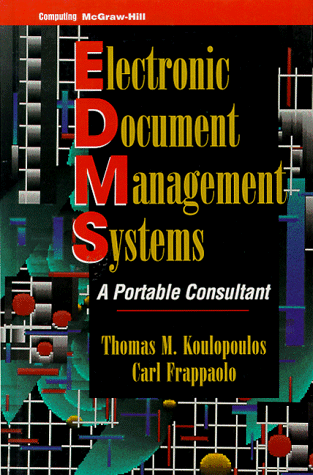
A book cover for Electronic Document Management Systems: A Portable Consultant; Thomas M. Koulopoulos; Computers & Technology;